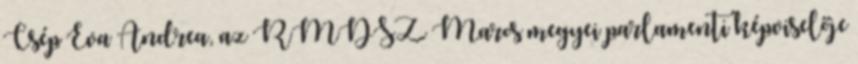
Csép Éva Andrea, az RMDSZ Maros megyei parlamenti képviselője